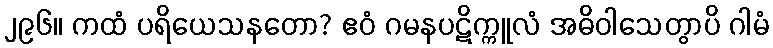
၂၉၆။ ကထံ ပရိယေသနတော? ဧဝံ ဂမနပဋိက္ကူလံ အဓိဝါသေတွာပိ ဂါမံ